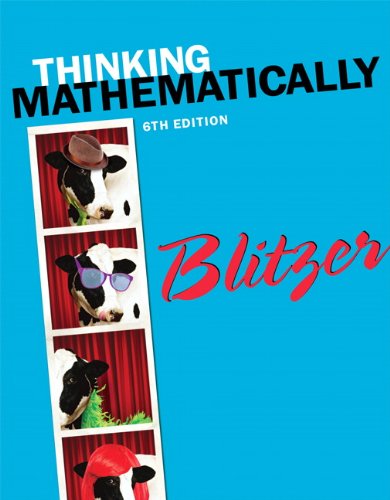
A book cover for Thinking Mathematically (6th Edition); Robert F. Blitzer; Science & Math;